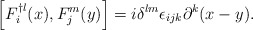
\begin{align*}\left [ F_i^{\dagger l}(x), F_j^{ m}(y)\right ] =i \delta^{lm}\epsilon_{ijk}\partial^k(x-y).\end{align*}